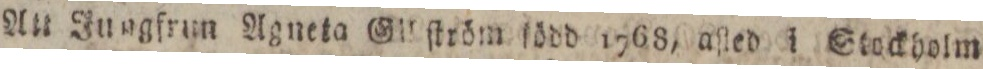
An Jungfrun Agneta Glliſtröm ſödd 1768, aſted i Stockholm